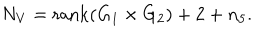
N _ { V } = \mathrm { r a n k } ( G _ { 1 } \times G _ { 2 } ) + 2 + n _ { 5 } .